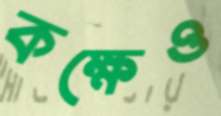
কক্ষেও